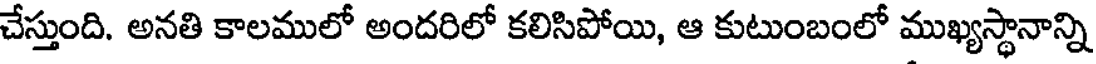
చేస్తుంది. అనతి కాలములో అందరిలో కలిసిపోయి, ఆ కుటుంబంలో ముఖ్యస్థానాన్ని